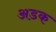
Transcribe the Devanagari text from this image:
अडक